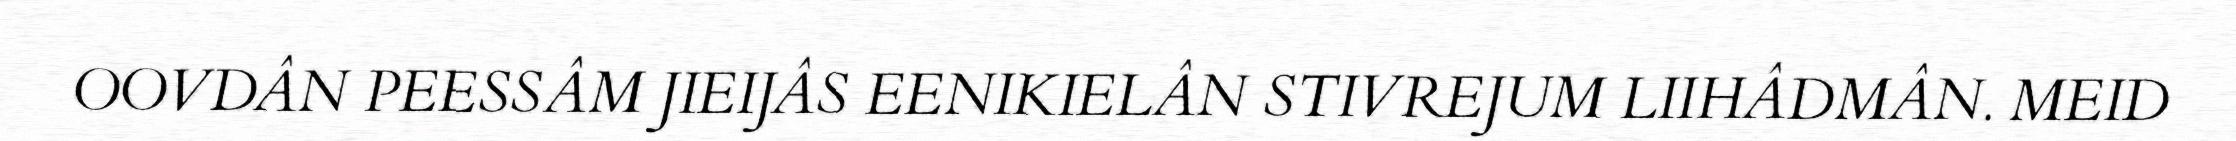
OOVDÂN PEESSÂM JIEIJÂS EENIKIELÂN STIVREJUM LIIHÂDMÂN. MEID